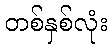
တစ်နှစ်လုံး